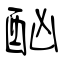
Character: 酗